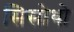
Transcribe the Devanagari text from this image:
सिसोथो